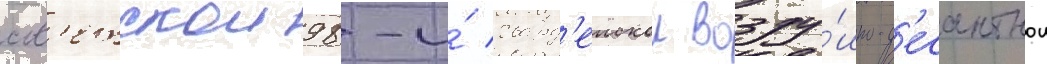
сов'етскои 98-и́ гвард'еискои возду́шно-д'есантнои